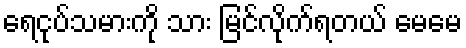
ရေငုပ်သမားကို သား မြင်လိုက်ရတယ် မေမေ